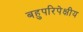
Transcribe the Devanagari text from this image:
बहुपरिपेक्षीय